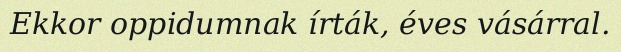
Ekkor oppidumnak írták, éves vásárral.